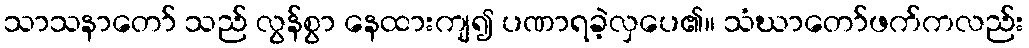
သာသနာတော် သည် လွန်စွာ နေထားကျ၍ ပဏာရခဲ့လှပေ၏။ သံဃာတော်ဖက်ကလည်း